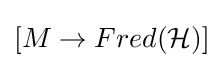
[M\rightarrow Fred({\mathcal {H}})]